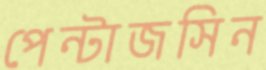
পেন্টাজসিন